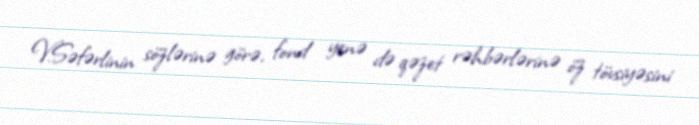
V.Səfərlinin sözlərinə görə, fond yenə də qəzet rəhbərlərinə öz tövsiyəsini